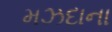
મઝદાના